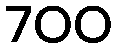
700